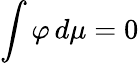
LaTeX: \int\varphi\, d\mu=0